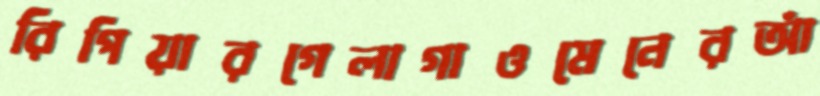
রিপিয়ারগেলাগাওমেনেরআঁ